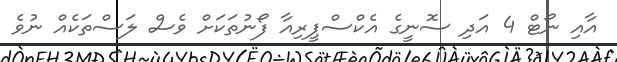
އާއި ނޯޓް 4 އަދި ސޮނީގެ އެކްސްޕީރިއާ ފޯނުތަކަށް ވެސް ލަސްތަކެއް ނުވެ